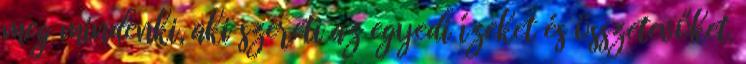
meg mindenki, aki szereti az egyedi ízeket és összetevőket.